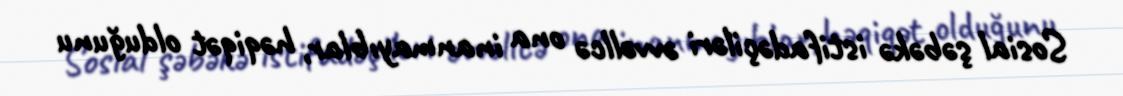
Sosial şəbəkə istifadəçiləri əvvəllcə ona inanmayıblar, həqiqət olduğunu